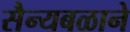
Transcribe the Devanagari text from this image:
सैन्यबळाने